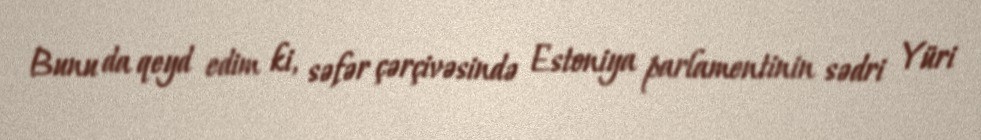
Bunu da qeyd edim ki, səfər çərçivəsində Estoniya parlamentinin sədri Yüri